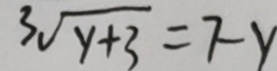
3 \sqrt { y + 3 } = 7 - y